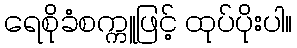
ရေစိုခံစက္ကူဖြင့် ထုပ်ပိုးပါ။